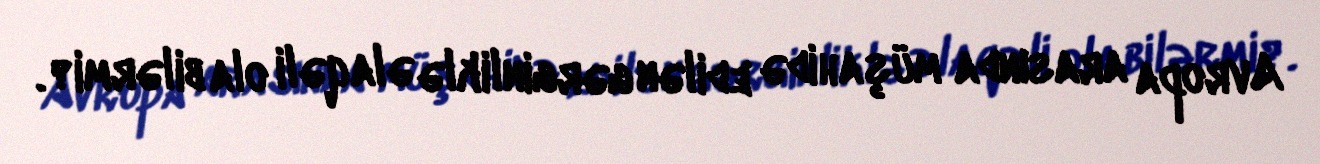
Avropa arasında müşahidə edilən gərginliklə əlaqəli ola bilərmi?.